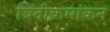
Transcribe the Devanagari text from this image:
बिंदीक्रमांकन